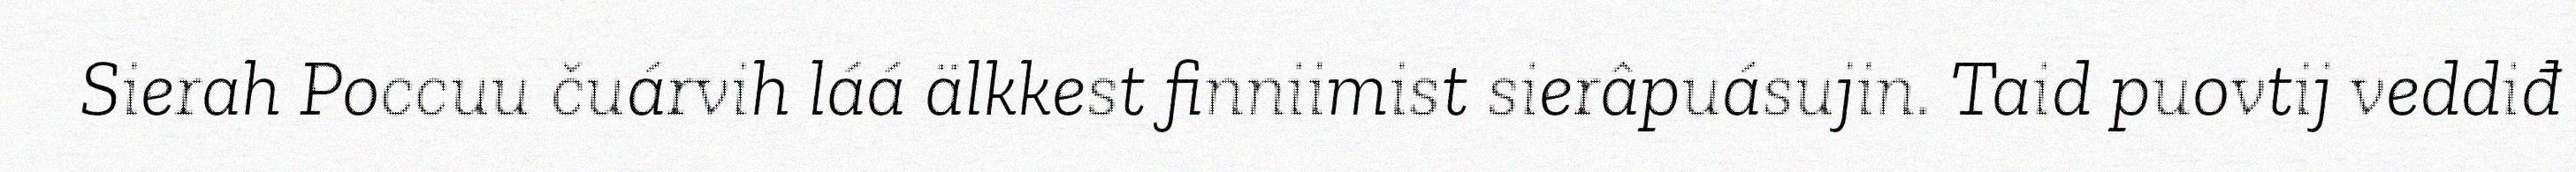
Sierah Poccuu čuárvih láá älkkest finniimist sierâpuásujin. Taid puovtij veddiđ